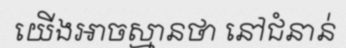
យើងអាចស្មានថា នៅជំនាន់